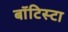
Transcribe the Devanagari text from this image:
बाॅटिस्टा